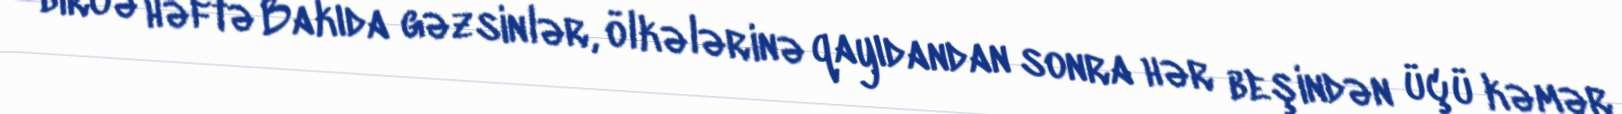
bircə həftə Bakıda gəzsinlər, ölkələrinə qayıdandan sonra hər beşindən üçü kəmər